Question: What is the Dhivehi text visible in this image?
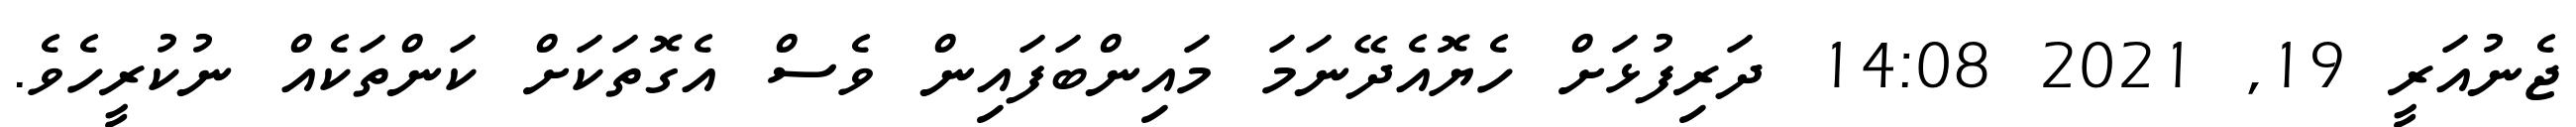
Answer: ޖެނުއަރީ 19, 2021 14:08 ދަރިފުޅަށް ހެޔޮއެދޭނަމަ މައިންބަފައިން ވެސް އެގޮތަކަށް ކަންތަކެއް ނުކުރީހެވެ.